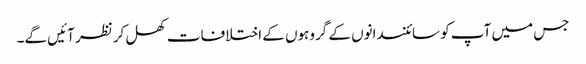
جس میں آپ کو سائنسدانوں کے گروہوں کے اختلافات کھل کر نظر آئیں گے۔